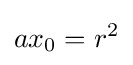
ax_{0}=r^{2}